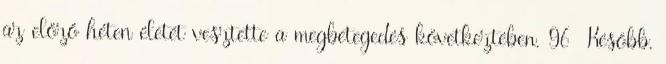
az előző héten életét vesztette a megbetegedés következtében. 96 Később,